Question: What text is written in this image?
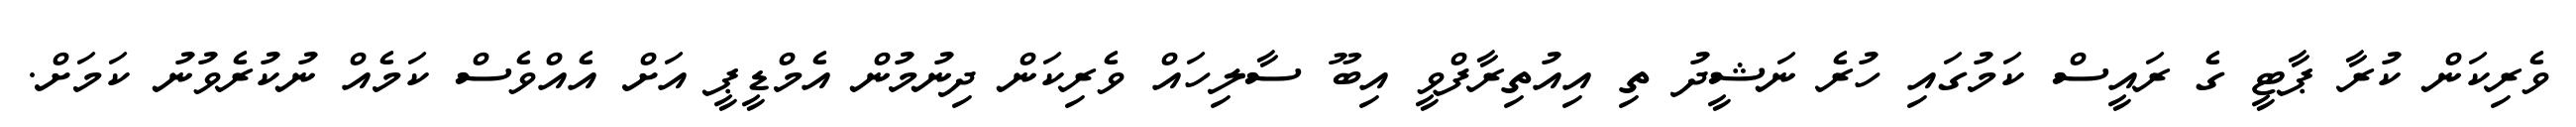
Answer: ވެރިކަން ކުރާ ޕާޓީ ގެ ރައީސް ކަމުގައި ހުރެ ނަޝީދު ތި އިއުތިރާފްވީ އިބޫ ސާލިހައް ވެރިކަން ދިނުމުން އެމްޑީޕީ އަށް އެއްވެސް ކަމެއް ނުކުރެވުނު ކަމަށް.